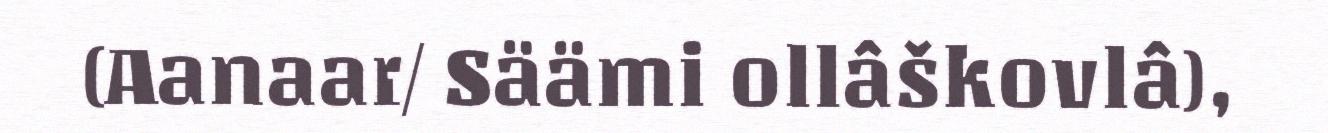
(Aanaar/ Säämi ollâškovlâ),